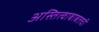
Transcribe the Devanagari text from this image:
अस्तित्वाबाबतची